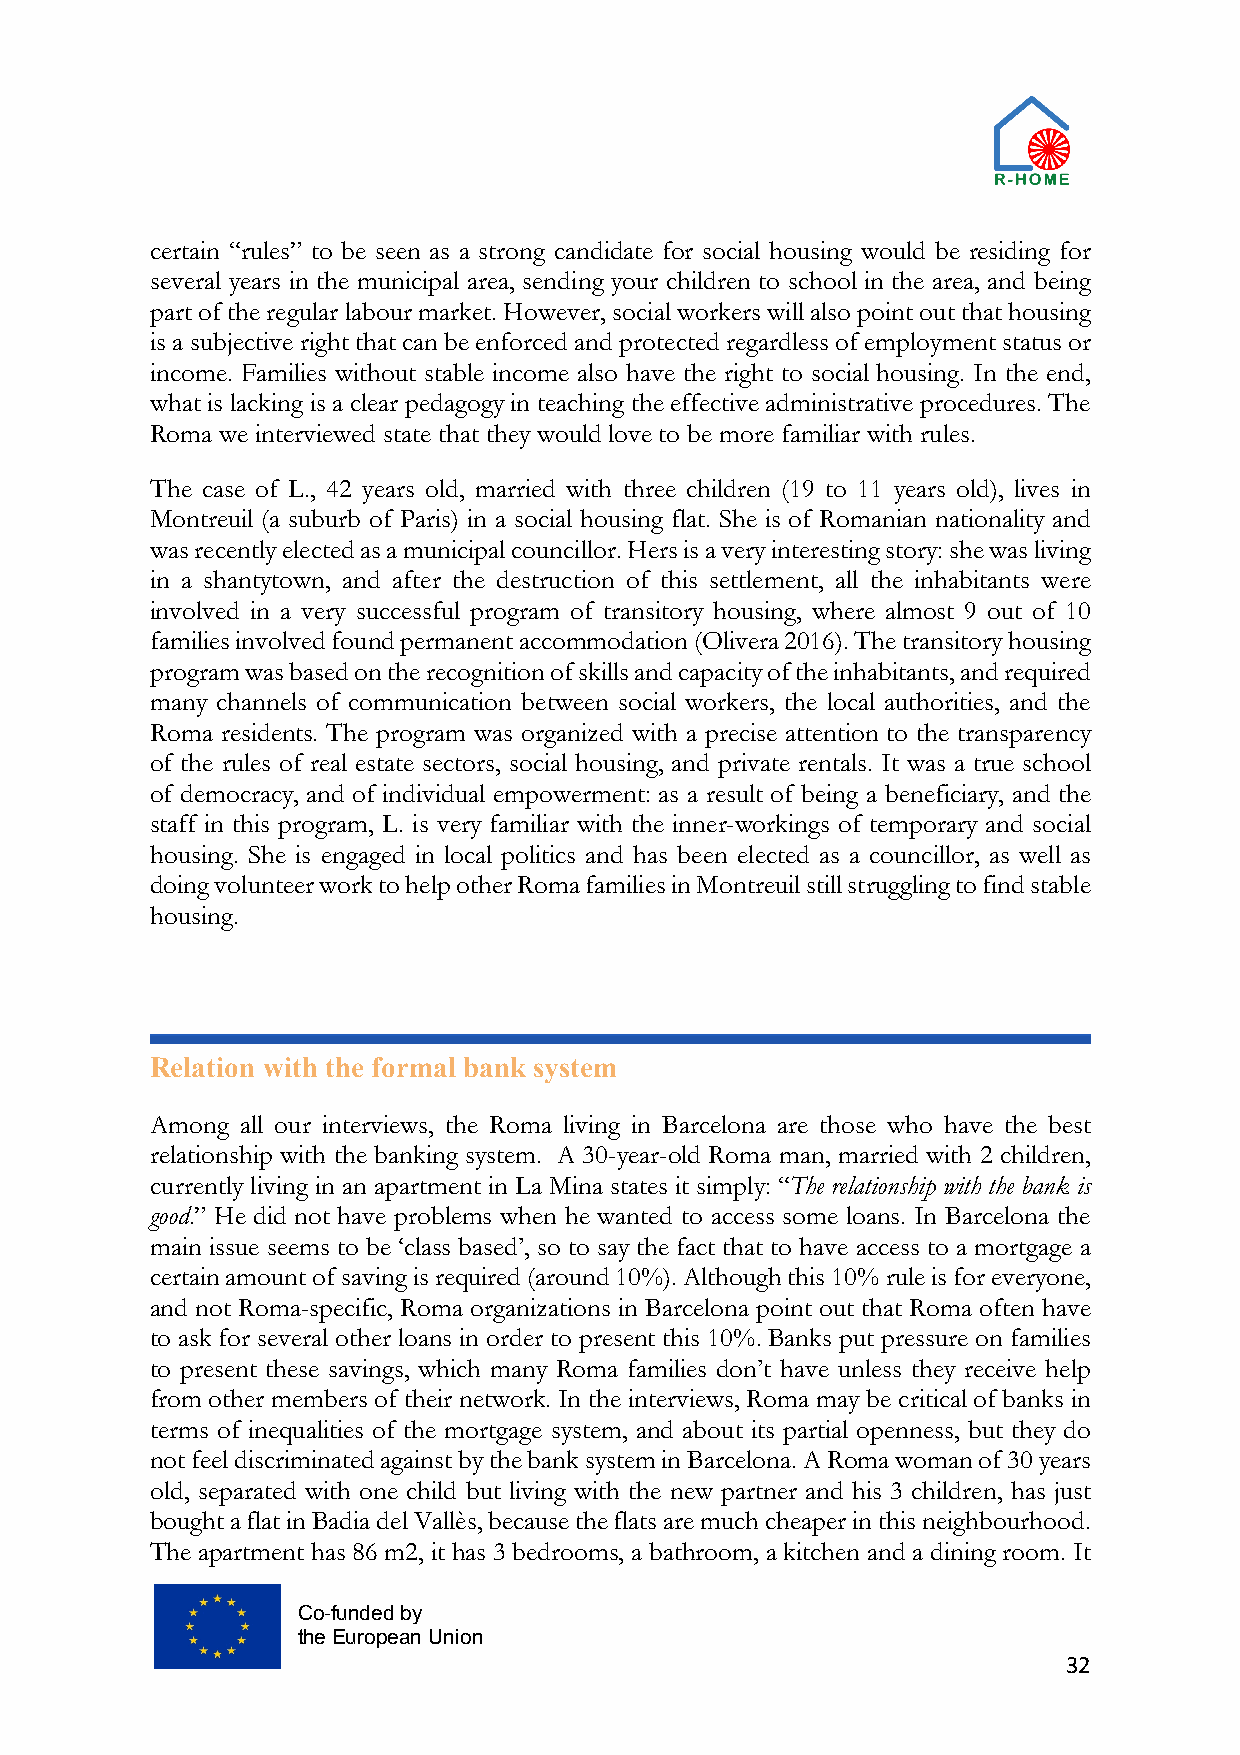
certain “rules” to be seen as a strong candidate for social housing would be residing for
 several years in the municipal area, sending your children to school in the area, and being
 part of the regular labour market. However, social workers will also point out that housing
 is a subjective right that can be enforced and protected regardless of employment status or
 income. Families without stable income also have the right to social housing. In the end,
 what is lacking is a clear pedagogy in teaching the effective administrative procedures. The
 Roma we interviewed state that they would love to be more familiar with rules.
 The case of L., 42 years old, married with three children (19 to 11 years old), lives in
 Montreuil (a suburb of Paris) in a social housing flat. She is of Romanian nationality and
 was recently elected as a municipal councillor. Hers is a very interesting story: she was living
 in a shantytown, and after the destruction of this settlement, all the inhabitants were
 involved in a very successful program of transitory housing, where almost 9 out of 10
 families involved found permanent accommodation (Olivera 2016). The transitory housing
 program was based on the recognition of skills and capacity of the inhabitants, and required
 many channels of communication between social workers, the local authorities, and the
 Roma residents. The program was organized with a precise attention to the transparency
 of the rules of real estate sectors, social housing, and private rentals. It was a true school
 of democracy, and of individual empowerment: as a result of being a beneficiary, and the
 staff in this program, L. is very familiar with the inner-workings of temporary and social
 housing. She is engaged in local politics and has been elected as a councillor, as well as
 doing volunteer work to help other Roma families in Montreuil still struggling to find stable
 housing.
 Relation with the formal bank system
 Among all our interviews, the Roma living in Barcelona are those who have the best
 relationship with the banking system. A 30-year-old Roma man, married with 2 children,
 currently living in an apartment in La Mina states it simply: “The relationship with the bank is
 good.” He did not have problems when he wanted to access some loans. In Barcelona the
 main issue seems to be ‘class based’, so to say the fact that to have access to a mortgage a
 certain amount of saving is required (around 10%). Although this 10% rule is for everyone,
 and not Roma-specific, Roma organizations in Barcelona point out that Roma often have
 to ask for several other loans in order to present this 10%. Banks put pressure on families
 to present these savings, which many Roma families don’t have unless they receive help
 from other members of their network. In the interviews, Roma may be critical of banks in
 terms of inequalities of the mortgage system, and about its partial openness, but they do
 not feel discriminated against by the bank system in Barcelona. A Roma woman of 30 years
 old, separated with one child but living with the new partner and his 3 children, has just
 bought a flat in Badia del Vallès, because the flats are much cheaper in this neighbourhood.
 The apartment has 86 m2, it has 3 bedrooms, a bathroom, a kitchen and a dining room. It
 Co-funded by
 the European Union
 32